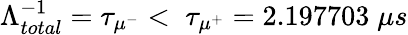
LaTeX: \Lambda_{total}^{-1}=\tau_{\mu^{-}}<\; \tau_{\mu^{+}}=2.197703\; \mu s